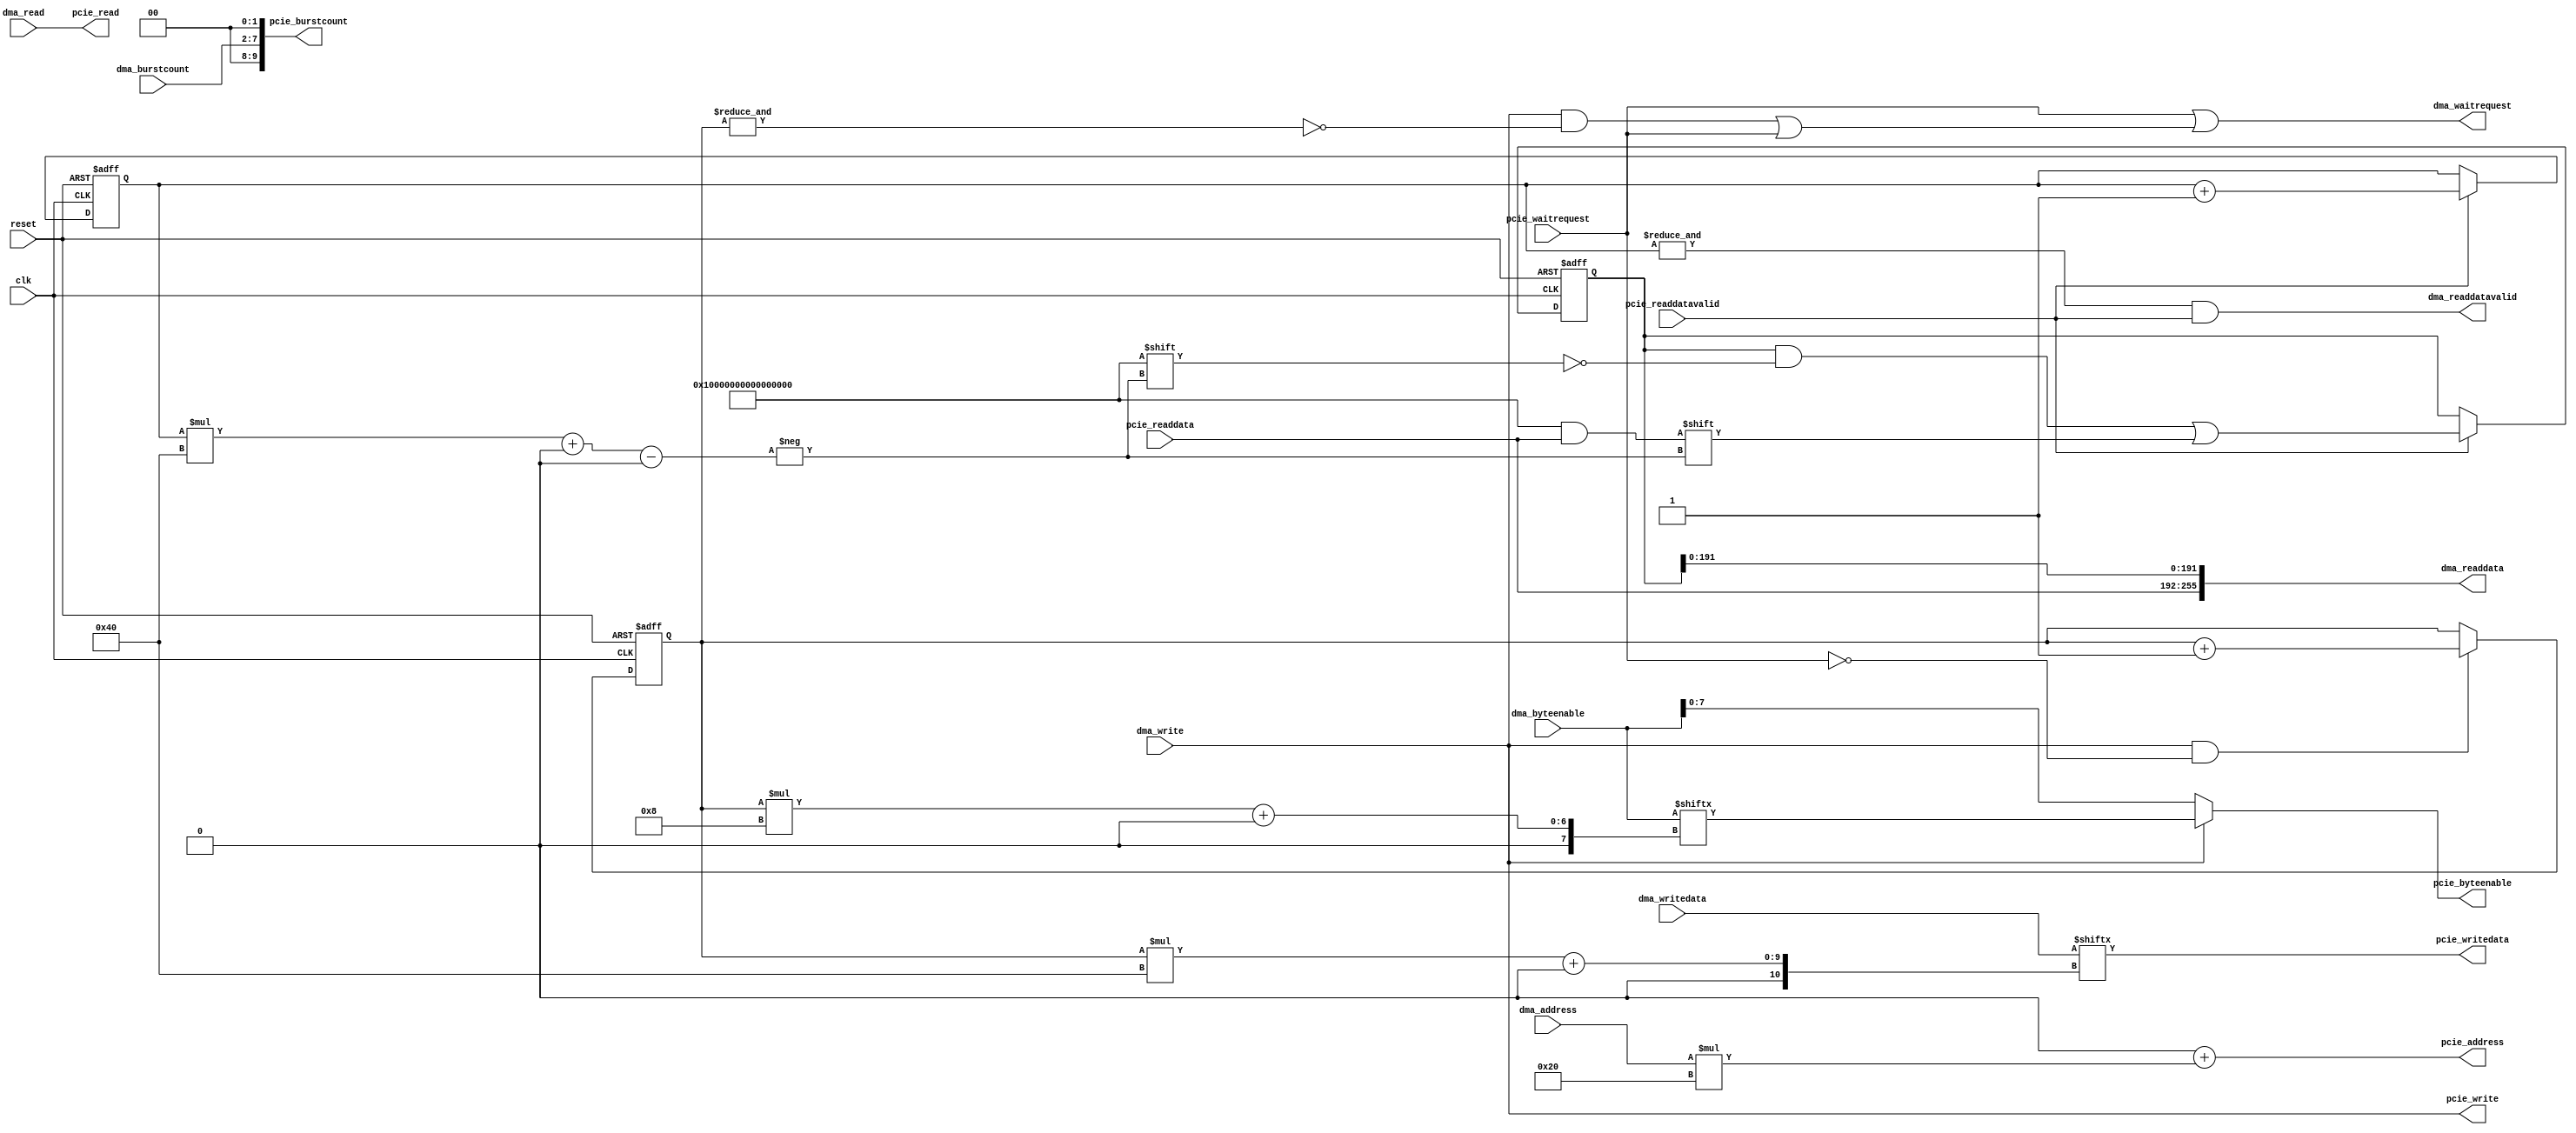
module dma_pcie_bridge
(
   clk,
   reset,

   // DMA interface (slave)
   dma_address,
   dma_read,
   dma_readdata,
   dma_readdatavalid,
   dma_write,
   dma_writedata,
   dma_burstcount,
   dma_byteenable,
   dma_waitrequest,
   
   // PCIe interface (master)
   pcie_address,
   pcie_read,
   pcie_readdata,
   pcie_readdatavalid,
   pcie_write,
   pcie_writedata,
   pcie_burstcount,
   pcie_byteenable,
   pcie_waitrequest
);

// Parameters set from the GUI
parameter DMA_WIDTH = 256;
parameter PCIE_WIDTH = 64;
parameter DMA_BURSTCOUNT = 6;
parameter PCIE_BURSTCOUNT = 10;
parameter PCIE_ADDR_WIDTH = 30;  // Byte-address width required
parameter ADDR_OFFSET = 0;

// Derived parameters
localparam DMA_WIDTH_BYTES = DMA_WIDTH / 8;
localparam PCIE_WIDTH_BYTES = PCIE_WIDTH / 8;
localparam WIDTH_RATIO = DMA_WIDTH / PCIE_WIDTH;
localparam ADDR_SHIFT = $clog2( WIDTH_RATIO );
localparam DMA_ADDR_WIDTH = PCIE_ADDR_WIDTH - $clog2( DMA_WIDTH_BYTES );

// Global ports
input clk;
input reset;

// DMA slave ports
input [DMA_ADDR_WIDTH-1:0] dma_address;
input dma_read;
output [DMA_WIDTH-1:0 ]dma_readdata;
output dma_readdatavalid;
input dma_write;
input [DMA_WIDTH-1:0] dma_writedata;
input [DMA_BURSTCOUNT-1:0] dma_burstcount;
input [DMA_WIDTH_BYTES-1:0] dma_byteenable;
output dma_waitrequest;

// PCIe master ports
output [31:0] pcie_address;
output pcie_read;
input [PCIE_WIDTH-1:0] pcie_readdata;
input pcie_readdatavalid;
output pcie_write;
output [PCIE_WIDTH-1:0] pcie_writedata;
output [PCIE_BURSTCOUNT-1:0] pcie_burstcount;
output [PCIE_WIDTH_BYTES-1:0] pcie_byteenable;
input pcie_waitrequest;

// Address decoding into byte-address
wire [31:0] dma_byte_address;
assign dma_byte_address = (dma_address * DMA_WIDTH_BYTES);

// Read logic - Buffer the pcie words into a full-sized dma word.  The
// last word gets passed through, the first few words are stored
reg [DMA_WIDTH-1:0] r_buffer; // The last PCIE_WIDTH bits are not used and will be swept away
reg [$clog2(WIDTH_RATIO)-1:0] r_wc;
reg [DMA_WIDTH-1:0] r_demux;
wire [DMA_WIDTH-1:0] r_data;
wire r_full;
wire r_waitrequest;

   // Full indicates that a full word is ready to be passed on to the DMA
   // as soon as the next pcie-word arrives
assign r_full = &r_wc;
   // True when a read request is being stalled (not a function of this unit)
assign r_waitrequest = pcie_waitrequest;
   // Groups the previously stored words with the next read data on the pcie bus
assign r_data = {pcie_readdata, r_buffer[DMA_WIDTH-PCIE_WIDTH-1:0]};
   // Store the first returned words in a buffer, keep track of which word
   // we are waiting for in the word counter (r_wc)
always@(posedge clk or posedge reset)
begin
   if(reset == 1'b1)
   begin
      r_wc <= {$clog2(DMA_WIDTH){1'b0}};
      r_buffer <= {(DMA_WIDTH){1'b0}};
   end
   else
   begin
      r_wc <= pcie_readdatavalid ? (r_wc + 1) : r_wc;
      if(pcie_readdatavalid)
         r_buffer[ r_wc*PCIE_WIDTH +: PCIE_WIDTH ] <= pcie_readdata;
   end
end

// Write logic - First word passes through, last words are registered
// and passed on to the fabric in order.  Master is stalled until the
// full write has been completed (in PCIe word sized segments)
reg [$clog2(WIDTH_RATIO)-1:0] w_wc;
wire [PCIE_WIDTH_BYTES-1:0] w_byteenable;
wire [PCIE_WIDTH-1:0] w_writedata;
wire w_waitrequest;
wire w_sent;

   // Indicates the successful transfer of a pcie-word to PCIe
assign w_sent = pcie_write && !pcie_waitrequest;
   // Select the appropriate word to send downstream
assign w_writedata = dma_writedata[w_wc*PCIE_WIDTH +: PCIE_WIDTH];
assign w_byteenable = dma_byteenable[w_wc*PCIE_WIDTH_BYTES +: PCIE_WIDTH_BYTES];
   // True when avalon is waiting, or the full word has not been written
assign w_waitrequest = (pcie_write && !(&w_wc)) || pcie_waitrequest;
   // Keep track of which word segment we are sending in the word counter (w_wc)
always@(posedge clk or posedge reset)
begin
   if(reset == 1'b1)
      w_wc <= {$clog2(DMA_WIDTH){1'b0}};
   else
      w_wc <= w_sent ? (w_wc + 1) : w_wc;
end

// Shared read/write logic
assign pcie_address = ADDR_OFFSET + dma_byte_address;
assign pcie_read = dma_read;
assign pcie_write = dma_write;
assign pcie_writedata = w_writedata;
assign pcie_burstcount = (dma_burstcount << ADDR_SHIFT);
assign pcie_byteenable = pcie_write ? w_byteenable : dma_byteenable;
assign dma_readdata = r_data;
assign dma_readdatavalid = r_full && pcie_readdatavalid;
assign dma_waitrequest = r_waitrequest || w_waitrequest;

endmodule